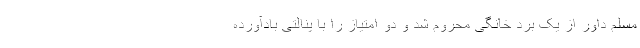
مسلم داور از یک برد خانگی محروم شد و دو امتیاز را با پنالتی بادآورده